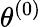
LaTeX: \theta^{(0)}